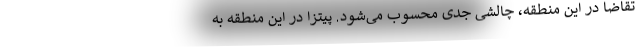
تقاضا در این منطقه، چالشی جدی محسوب می‌شود. پیتزا در این منطقه به